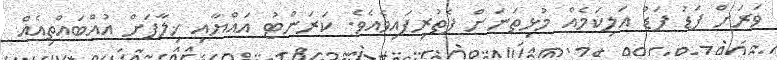
ވަރަށް ފަޑު ފަޑު އަލިކަމެއް މުޅިތަނަށް ފެތުރިފައިވެއެވެ. ކަރަންޓު އައްޔާއި ޚިލާފަށް އުއްބައްތިއެއް